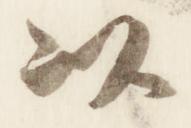
以